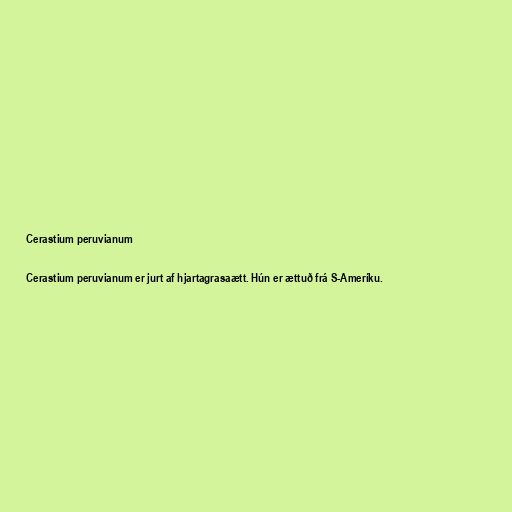
Cerastium peruvianum

Cerastium peruvianum er jurt af hjartagrasaætt. Hún er ættuð frá S-Ameríku.